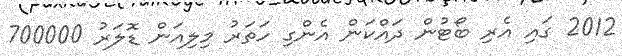
2012 ގައި އެރި ބޯޓުން ދައްކަން އެންގި ހަތަރު މިލިއަން ޑޮލަރު 700000